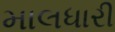
માલધારી